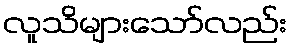
လူသိများသော်လည်း